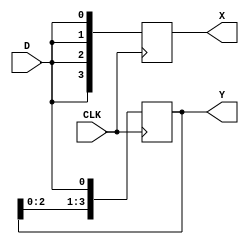
module blocking(D,CLK,X,Y);
	input D,CLK;
	output [3:0]X,Y;
	reg [3:0]X,Y;
	always@(posedge CLK)begin
		//
		X[0]=D;
		X[1]=X[0];
		X[2]=X[1];
		X[3]=X[2];
	end
	always@(posedge CLK)begin
		//
		Y[0]<=D;
		Y[1]<=Y[0];
		Y[2]<=Y[1];
		Y[3]<=Y[2];
	end
endmodule